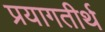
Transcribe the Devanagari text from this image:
प्रयागतीर्थ